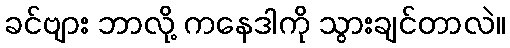
ခင်ဗျား ဘာလို့ ကနေဒါကို သွားချင်တာလဲ။